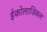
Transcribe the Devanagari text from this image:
ईकोलाजिकल